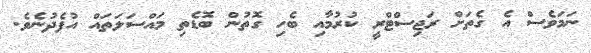
ނަމަވެސް އެ ގެތަށް ރަޖިސްޓްރީ ކުރުމާއި ބެހި ގޮތުން ބޮޑެތި މައްސަލަތައް އުފެދުނެވެ.